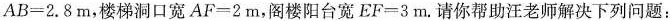
$$AB=2.8m$$，楼梯洞口宽$$AF=2m$$，阁楼阳台宽$$EF=3m$$。请你帮助汪老师解决下列问题：